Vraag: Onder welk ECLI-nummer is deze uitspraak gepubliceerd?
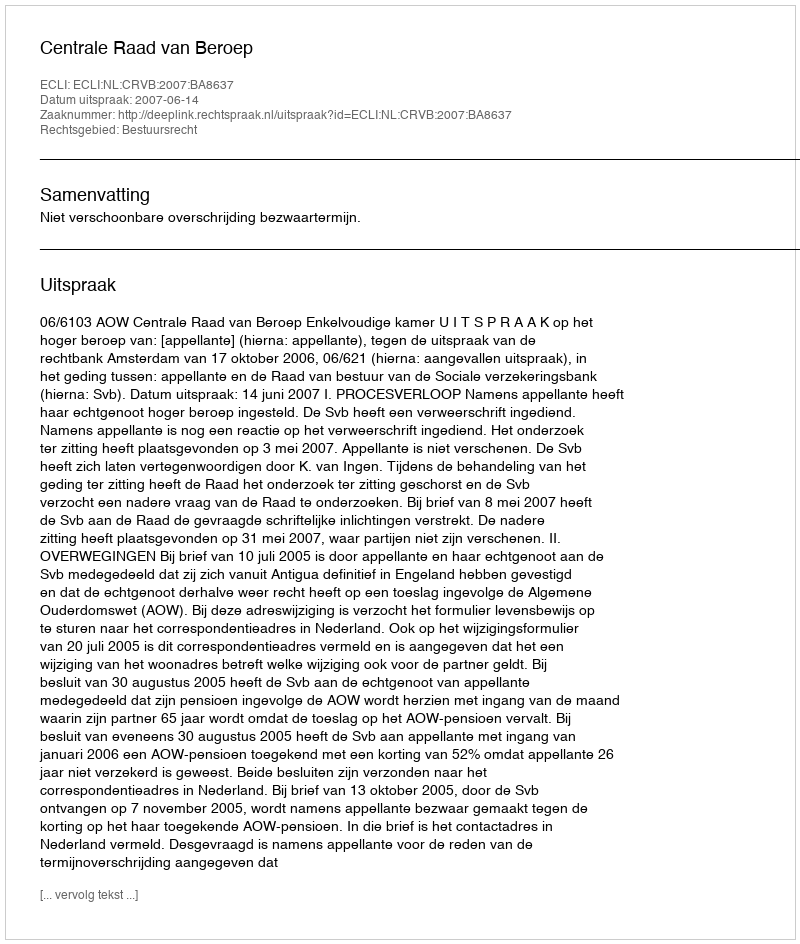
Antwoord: ECLI:NL:CRVB:2007:BA8637